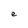
Character: e